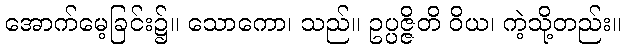
အောက်မေ့ခြင်း၌။ သောကော၊ သည်။ ဥပ္ပဇ္ဇိတိ ဝိယ၊ ကဲ့သို့တည်း။